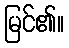
မြင်၏။